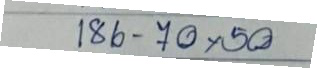
186 - 70 x 50